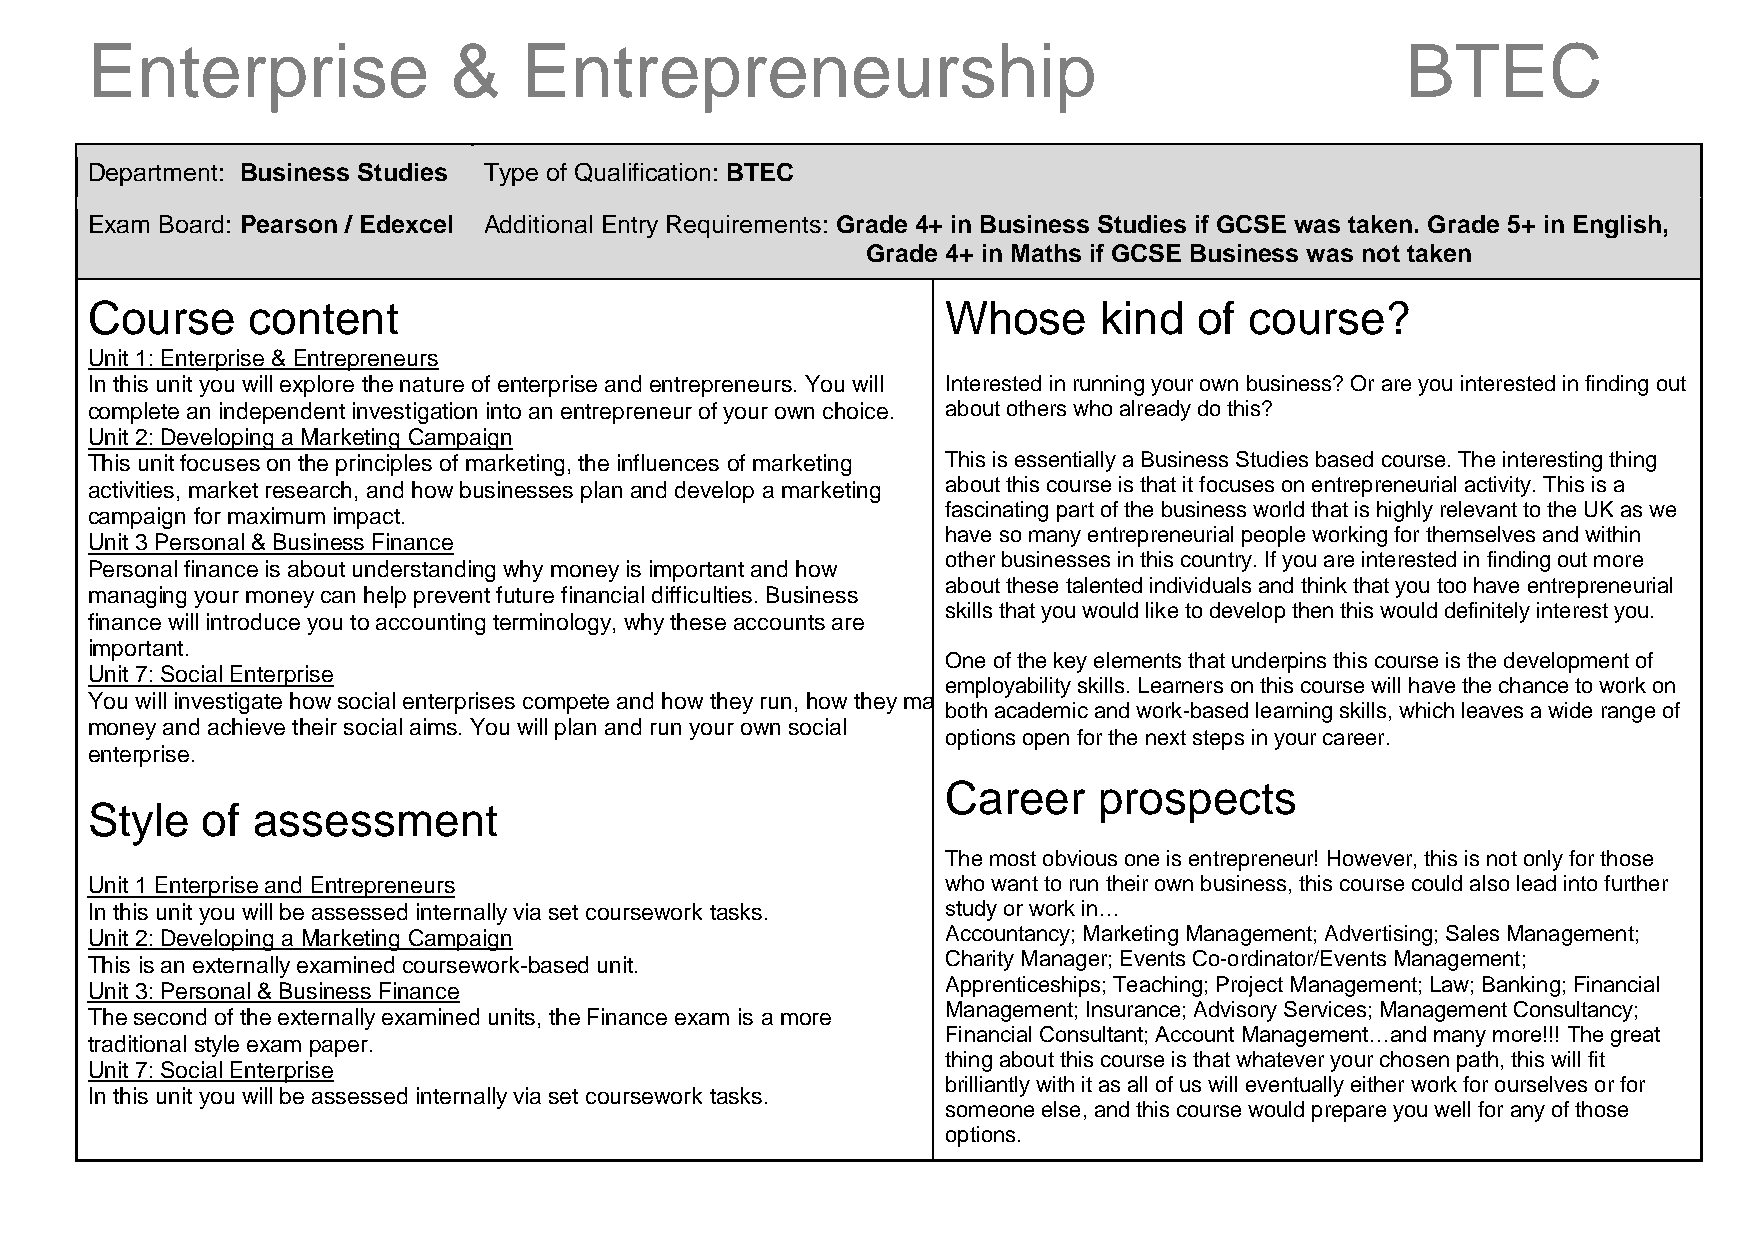
Enterprise              &   Entrepreneurship                                           BTEC
 Department: Business Studies Type of Qualification: BTEC
 Exam Board: Pearson / Edexcel Additional Entry Requirements: Grade 4+ in Business Studies if GCSE was taken. Grade 5+ in English,
 Grade 4+ in Maths if GCSE Business was not taken
 Course    content                                        Whose     kind  of  course?
 Unit 1: Enterprise & Entrepreneurs
 In this unit you will explore the nature of enterprise and entrepreneurs. You will Interested in running your own business? Or are you interested in finding out
 complete an independent investigation into an entrepreneur of your own choice. about others who already do this?
 Unit 2: Developing a Marketing Campaign
 This unit focuses on the principles of marketing, the influences of marketing This is essentially a Business Studies based course. The interesting thing
 activities, market research, and how businesses plan and develop a marketing about this course is that it focuses on entrepreneurial activity. This is a
 campaign for maximum impact.                             fascinating part of the business world that is highly relevant to the UK as we
 have so many entrepreneurial people working for themselves and within
 Unit 3 Personal & Business Finance
 other businesses in this country. If you are interested in finding out more
 Personal finance is about understanding why money is important and how
 about these talented individuals and think that you too have entrepreneurial
 managing your money can help prevent future financial difficulties. Business
 skills that you would like to develop then this would definitely interest you.
 finance will introduce you to accounting terminology, why these accounts are
 important.
 One of the key elements that underpins this course is the development of
 Unit 7: Social Enterprise
 employability skills. Learners on this course will have the chance to work on
 You will investigate how social enterprises compete and how they run, how they make
 both academic and work-based learning skills, which leaves a wide range of
 money and achieve their social aims. You will plan and run your own social
 options open for the next steps in your career.
 enterprise.
 Career    prospects
 Style  of  assessment
 The most obvious one is entrepreneur! However, this is not only for those
 Unit 1 Enterprise and Entrepreneurs                      who want to run their own business, this course could also lead into further
 In this unit you will be assessed internally via set coursework tasks. study or work in…
 Unit 2: Developing a Marketing Campaign                  Accountancy; Marketing Management; Advertising; Sales Management;
 This is an externally examined coursework-based unit.    Charity Manager; Events Co-ordinator/Events Management;
 Apprenticeships; Teaching; Project Management; Law; Banking; Financial
 Unit 3: Personal & Business Finance
 Management; Insurance; Advisory Services; Management Consultancy;
 The second of the externally examined units, the Finance exam is a more
 Financial Consultant; Account Management…and many more!!! The great
 traditional style exam paper.
 thing about this course is that whatever your chosen path, this will fit
 Unit 7: Social Enterprise
 brilliantly with it as all of us will eventually either work for ourselves or for
 In this unit you will be assessed internally via set coursework tasks.
 someone else, and this course would prepare you well for any of those
 options.